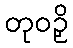
တုဝဉှိ